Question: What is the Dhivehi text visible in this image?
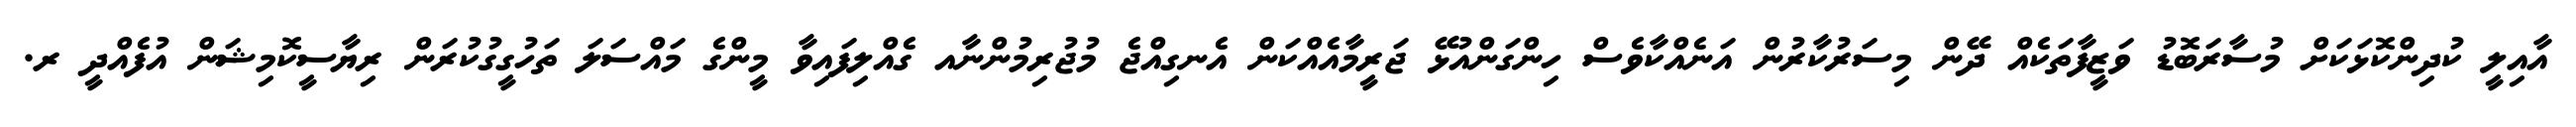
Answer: އާއިލީ ކުދިންކޮޅަކަށް މުސާރަބޮޑު ވަޒީފާތަކެއް ދޭން މިސަރުކާރުން އަނެއްކާވެސް ހިންގަންއުޅޭ ޖަރީމާއެއްކަން އެނގިއްޖެ މުޖުރިމުންނާއ ގެއްލިފައިވާ މީންގެ މައްސަލަ ތަހުގީގުކުރަން ރިޔާސީކޮމިޝަން އުފެއްދީ ރ.